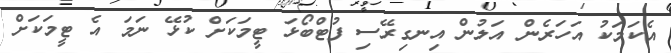
އެކަަމަކު އަހަރެން އަލުން އިނގިރޭސި ފުޓްބޯޅަ ޓީމަކަށް ކުޅޭ ނަމަ އެ ޓީމަކަށް